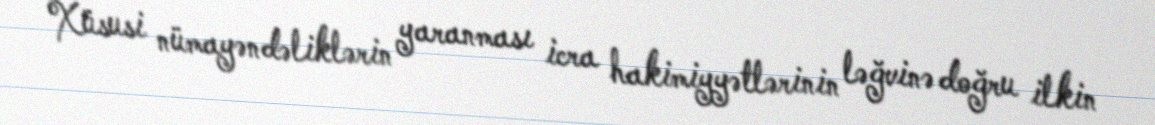
Xüsusi nümayəndəliklərin yaranması icra hakimiyyətlərinin ləğvinə doğru ilkin